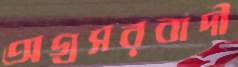
অগ্রসরবাদী